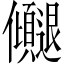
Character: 𫤓